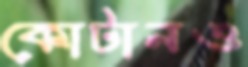
কোটানও